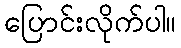
ပြောင်းလိုက်ပါ။